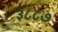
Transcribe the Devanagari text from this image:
३८८७